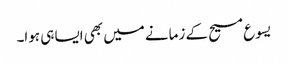
‏ یسوع مسیح کے زمانے میں بھی ایسا ہی ہوا۔